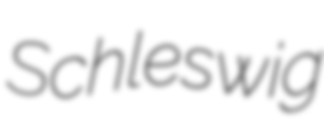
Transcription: Schleswig